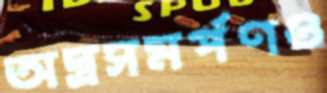
অস্ত্রসমর্পণও